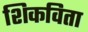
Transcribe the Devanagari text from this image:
शिकविता